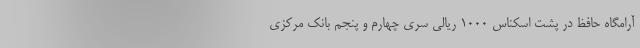
آرامگاه حافظ در پشت اسکناس ۱۰۰۰ ریالی سری چهارم و پنجم بانک مرکزی